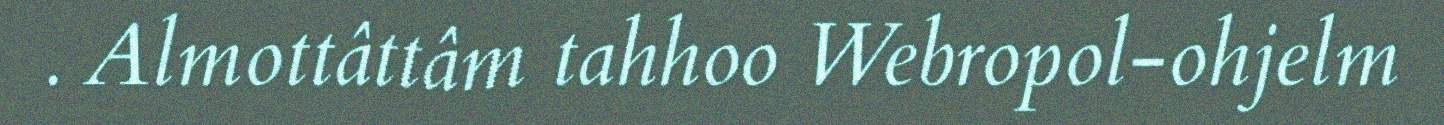
. Almottâttâm tahhoo Webropol-ohjelm